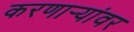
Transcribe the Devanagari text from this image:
करणार्‍यांवर